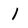
Character: l